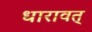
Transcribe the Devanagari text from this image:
धारावत्‌